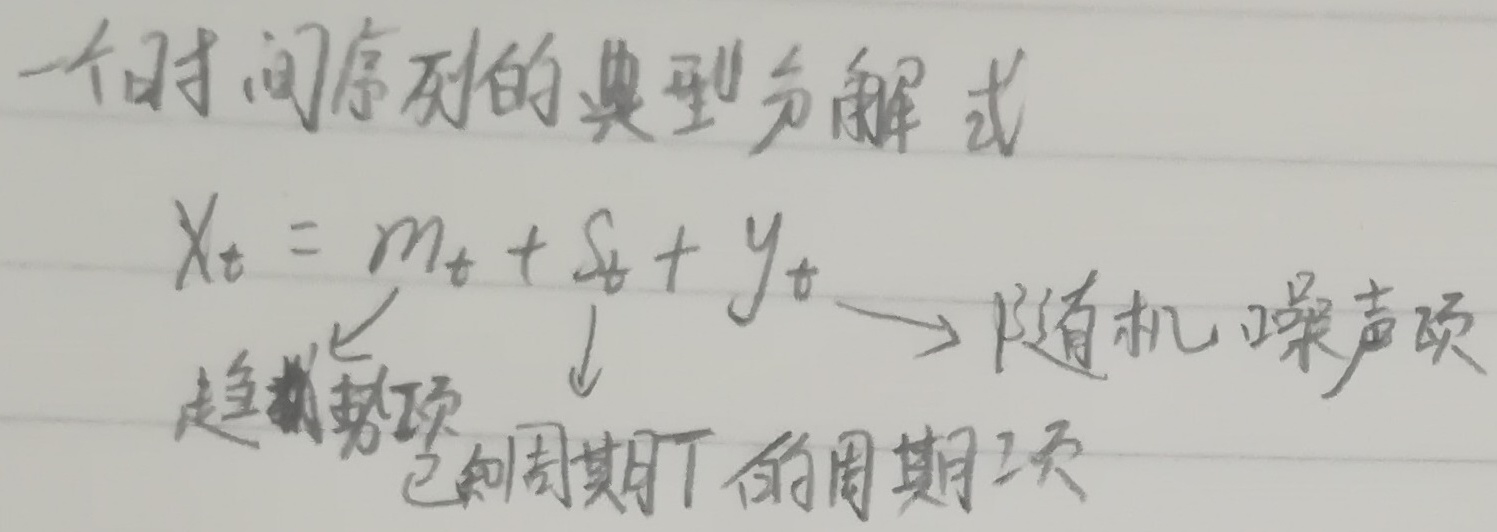
一个时间序列的典型分解式 \(X_t = m_t + S_t + y_t\)，其中 \(m_t\)为趋势项，\(S_t\)为已知周期\(T\)的周期项，\(y_t\)为随机噪声项。